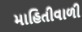
માહિતીવાળી